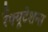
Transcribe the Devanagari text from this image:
रेैफ्यूटेशन्स